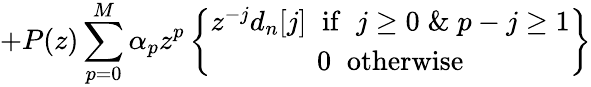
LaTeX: +P(z)\sum_{p=0}^{M}\alpha_{p}z^{p}\left\{ \begin{array}{c}{z^{-j}d_{n}[j]\; \; \mathrm{if}\; \; j\ge 0\; \& \; p-j\ge 1}\\ {0\; \; \mathrm{otherwise}}\end{array}\right\}